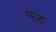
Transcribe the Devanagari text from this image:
फट्